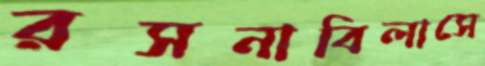
রসনাবিলাসে